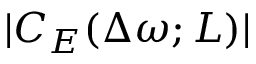
| C _ { E } ( \Delta \omega ; L ) |